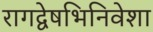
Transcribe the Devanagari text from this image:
रागद्वेषभिनिवेशा